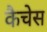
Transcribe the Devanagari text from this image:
कैचेस